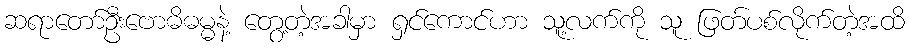
ဆရာတော်ဦးဗောဓိဓမ္မနဲ့ တွေ့တဲ့အခါမှာ ရှင်ကောင်ဟာ သူ့လက်ကို သူ ဖြတ်ပစ်လိုက်တဲ့အထိ